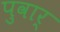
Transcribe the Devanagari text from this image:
पुवार्